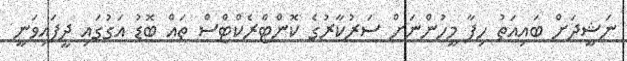
ނަޝީދަށް ބައިއަތު ހިފާ މީހުންނަށް ސަރުކާރުގެ ކޮންޓްރެކްޓްސް ތައް ބޮޑު އަގުގައި ދީފައިވަނީ